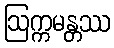
ဩက္ကမန္တဿ